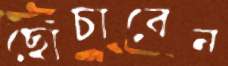
ছোঁচাবেন